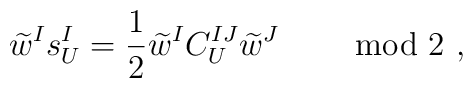
\widetilde{w}^I s^I_U = \frac{1}{2}       \widetilde{w}^I C^{IJ}_U \widetilde{w}^J\              \qquad \mbox{mod\ 2}\ ,